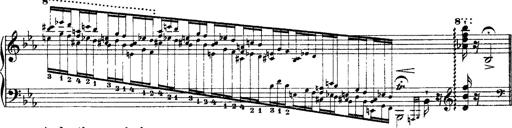
Title: Grandes Ã©tudes de Paganini
Composer: Franz Liszt